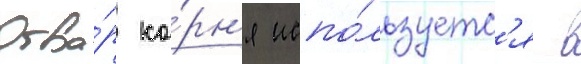
Отва́р ко́рн'я испо́льзуетс'я в